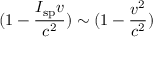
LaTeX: ( 1 - { \frac { I _ { \mathrm { s p } } v } { c ^ { 2 } } } ) \sim ( 1 - { \frac { v ^ { 2 } } { c ^ { 2 } } } )